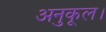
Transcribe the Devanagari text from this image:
अनुकूल।